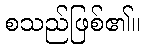
စသည်ဖြစ်၏။